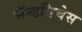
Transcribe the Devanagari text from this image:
सॅन्डविचेस